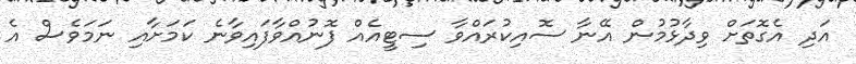
އަދި އެގޮތަށް ވިދާޅުމުން އޭނާ ސޮއިކުރައްވާ ސިޓީއެއް ފޮނުއްވާފައިވާނެ ކަމަށާއި ނަމަވެސް އެ